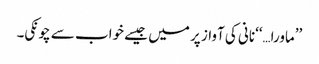
’’ماورا…‘‘نانی کی آواز پر میں جیسے خواب سے چونکی۔